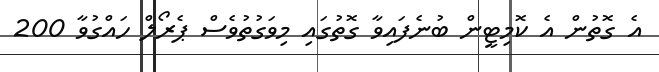
އެ ގޮތުން އެ ކޮމިޓީން ބުނެފައިވާ ގޮތުގައި މިވަގުތުވެސް ޕެރޯލް ހައްގުވާ 200